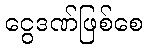
ငွေဒဏ်ဖြစ်စေ